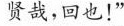
贤哉，回也！”